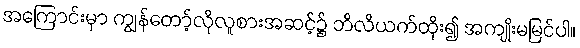
အကြောင်းမှာ ကျွန်တော့်လိုလူစားအဆင့်၌ ဘိလိယက်ထိုး၍ အကျိုးမမြင်ပါ။